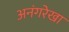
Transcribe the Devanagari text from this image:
अनंगरेखा